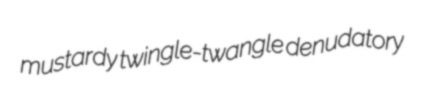
mustardy twingle-twangle denudatory